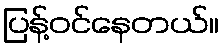
ပြန့်ဝင်နေတယ်။